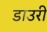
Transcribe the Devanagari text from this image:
डाउरी